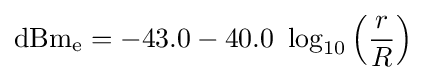
\mathrm {dBm_{e}} =-43.0-40.0\ \log _{10}\left({\frac {r}{R}}\right)